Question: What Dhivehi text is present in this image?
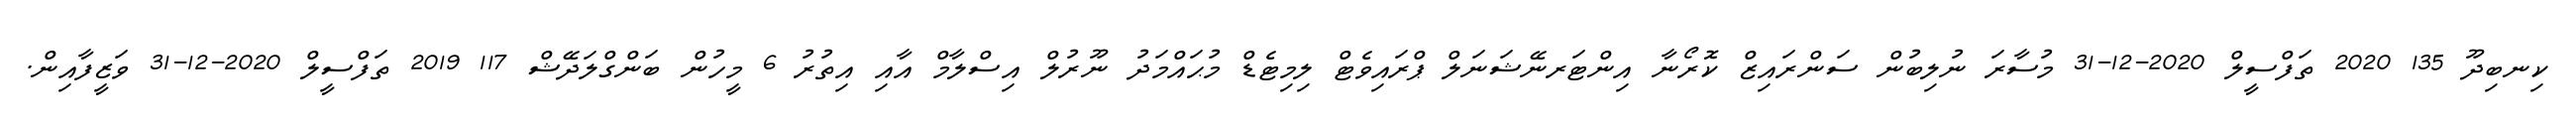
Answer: ކިނބިދޫ 135 2020 ތަފްސީލް 2020-12-31 މުސާރަ ނުލިބުން ސަންރައިޒް ކޮރޯނާ އިންޓަރނޭޝަނަލް ޕްރައިވެޓް ލިމިޓެޑް މުޙައްމަދު ނޫރުލް އިސްލާމް އާއި އިތުރު 6 މީހުން ބަންގްލަދޭޝް 117 2019 ތަފްސީލް 2020-12-31 ވަޒީފާއިން.